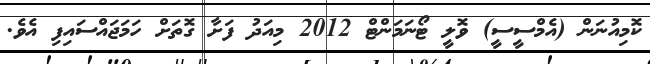
ކޮމިއުނަން (އެމްސީސީ) ވޮލީ ޓޯނަމަންޓް 2012 މިއަދު ފަށާ ގޮތަށް ހަމަޖައްސައިފި އެވެ.